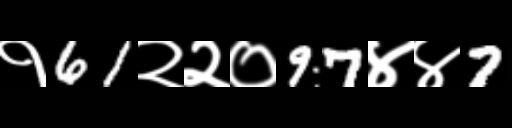
Text: १61२२०97४४7